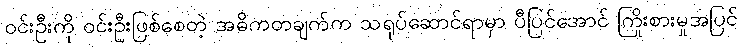
ဝင်းဦးကို ဝင်းဦးဖြစ်စေတဲ့ အဓိကတချက်က သရုပ်ဆောင်ရာမှာ ပီပြင်အောင် ကြိုးစားမှုအပြင်